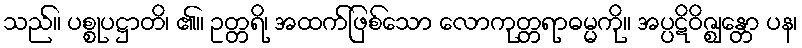
သည်။ ပစ္စုပဋ္ဌာတိ၊ ၏။ ဥတ္တရိ၊ အထက်ဖြစ်သော လောကုတ္တရာဓမ္မကို။ အပ္ပဋိဝိဇ္ဈန္တော ပန၊